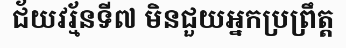
ជ័យវរ្ម័នទី៧ មិនជួយអ្នកប្រព្រឹត្ត